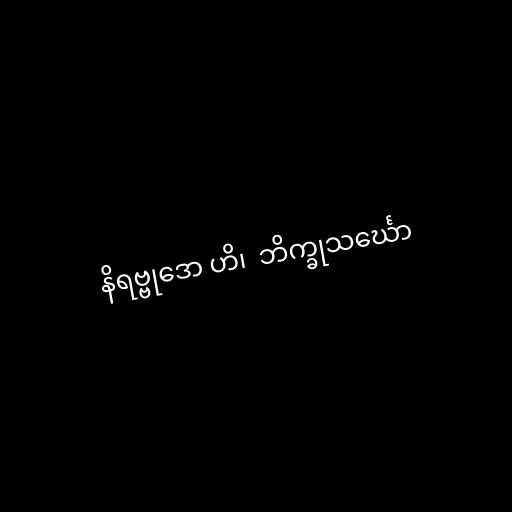
နိရဗ္ဗုဒော ဟိ၊  ဘိက္ခုသင်္ဃော